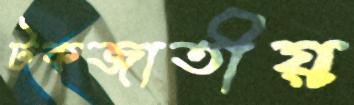
টকজাতীয়